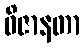
ဝိဇာနတာ